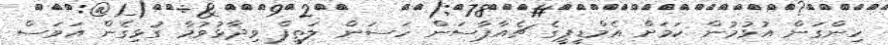
ހިންގަން އުޅުމުން ކަމަށް އެމްޑީޕީގެ ޗެއާޕާސަން ހަސަން ލަތީފް ވިދާޅުވުމާ ގުޅިގެން އަވަސް